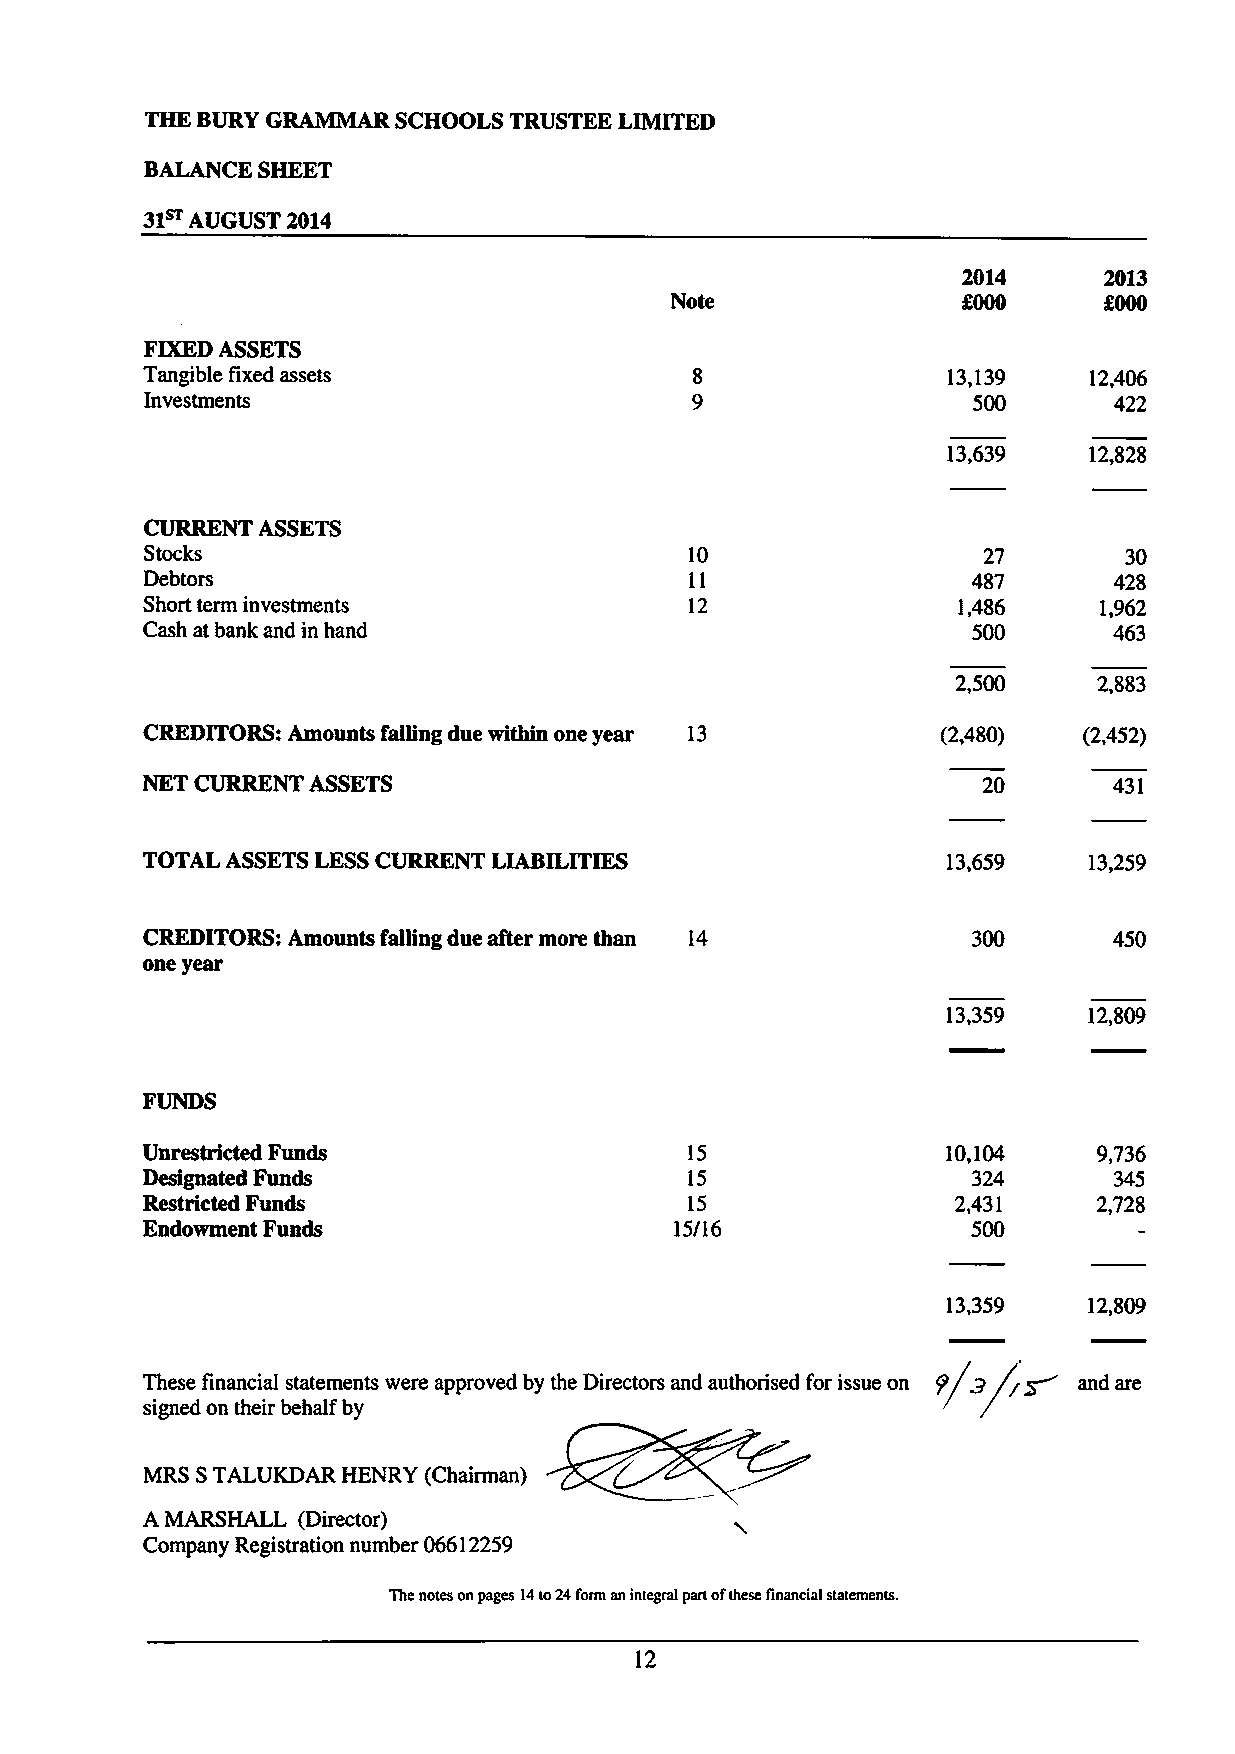
THE BURY GRAMMAR SCHOOLS TRUSTEE LIMITED
 BALANCE SHEET
 31~
 AUGUST 2014
 2014     2013
 Note                f000     f000
 FIXEDASSETS
 Tangible fixed assets                                 13,139   12,406
 Investments                                           500       422
 13,639   12,828
 CURRENT ASSETS
 Stocks                              10                 27       30
 Debtors                              11                487       428
 Short term investments               12               1,486     1,962
 Cash at bank and in hand                               500       463
 2,500     2,883
 CREDITORS: Amounts falling due within one year 13    (2,480)   (2,452)
 NET CURRENT ASSETS                                      20       431
 TOTAL ASSETSLESSCURRENT LIABILITIES                   13,659   13,259
 CREDITORS: Amounts falling due after more than 14      300       450
 one year
 13,359   12,809
 FUNDS
 Unrestricted Funds                   15               10,104    9,736
 Designated Funds                     15                324       345
 Restricted Funds                    15                2,431     2,728
 Endowment Funds                     15/16              500
 13,359   12,809
 ~
 These financial statements were approved by the Directors and authorised for issue on P' g and are
 &
 signed on their behalf by
 MRS STALUKDAR HENRY (Chairman)
 A MARSHALL (Director)
 Company Registration number 06612259
 The notes on pages 14to24form an integral part ofthese financial statements.
 12